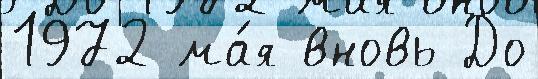
1972 ма́я вновь До